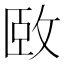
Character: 𫾱